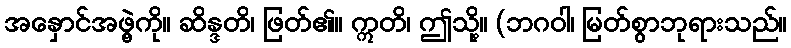
အနှောင်အဖွဲ့ကို။ ဆိန္ဒတိ၊ ဖြတ်၏။ ဣတိ၊ ဤသို့။ (ဘဂဝါ၊ မြတ်စွာဘုရားသည်။